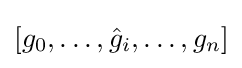
[g_{0},\ldots ,{\hat {g}}_{i},\ldots ,g_{n}]